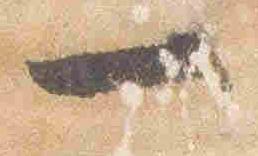
一